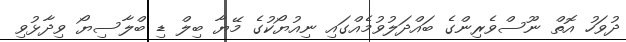
ދުވަހު އޮތް ނޫސްވެރިންގެ ބައްދަލުވުމެއްގައި ނިއުޔޯކުގެ މޭޔާ ބިލް ޑި ބްލާސިޔޯ ވިދާޅުވި